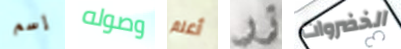
إسم وصوله أعلم زر الخضروات